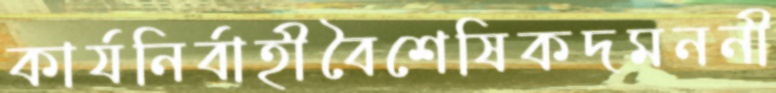
কার্যনির্বাহীবৈশেষিকদমননী